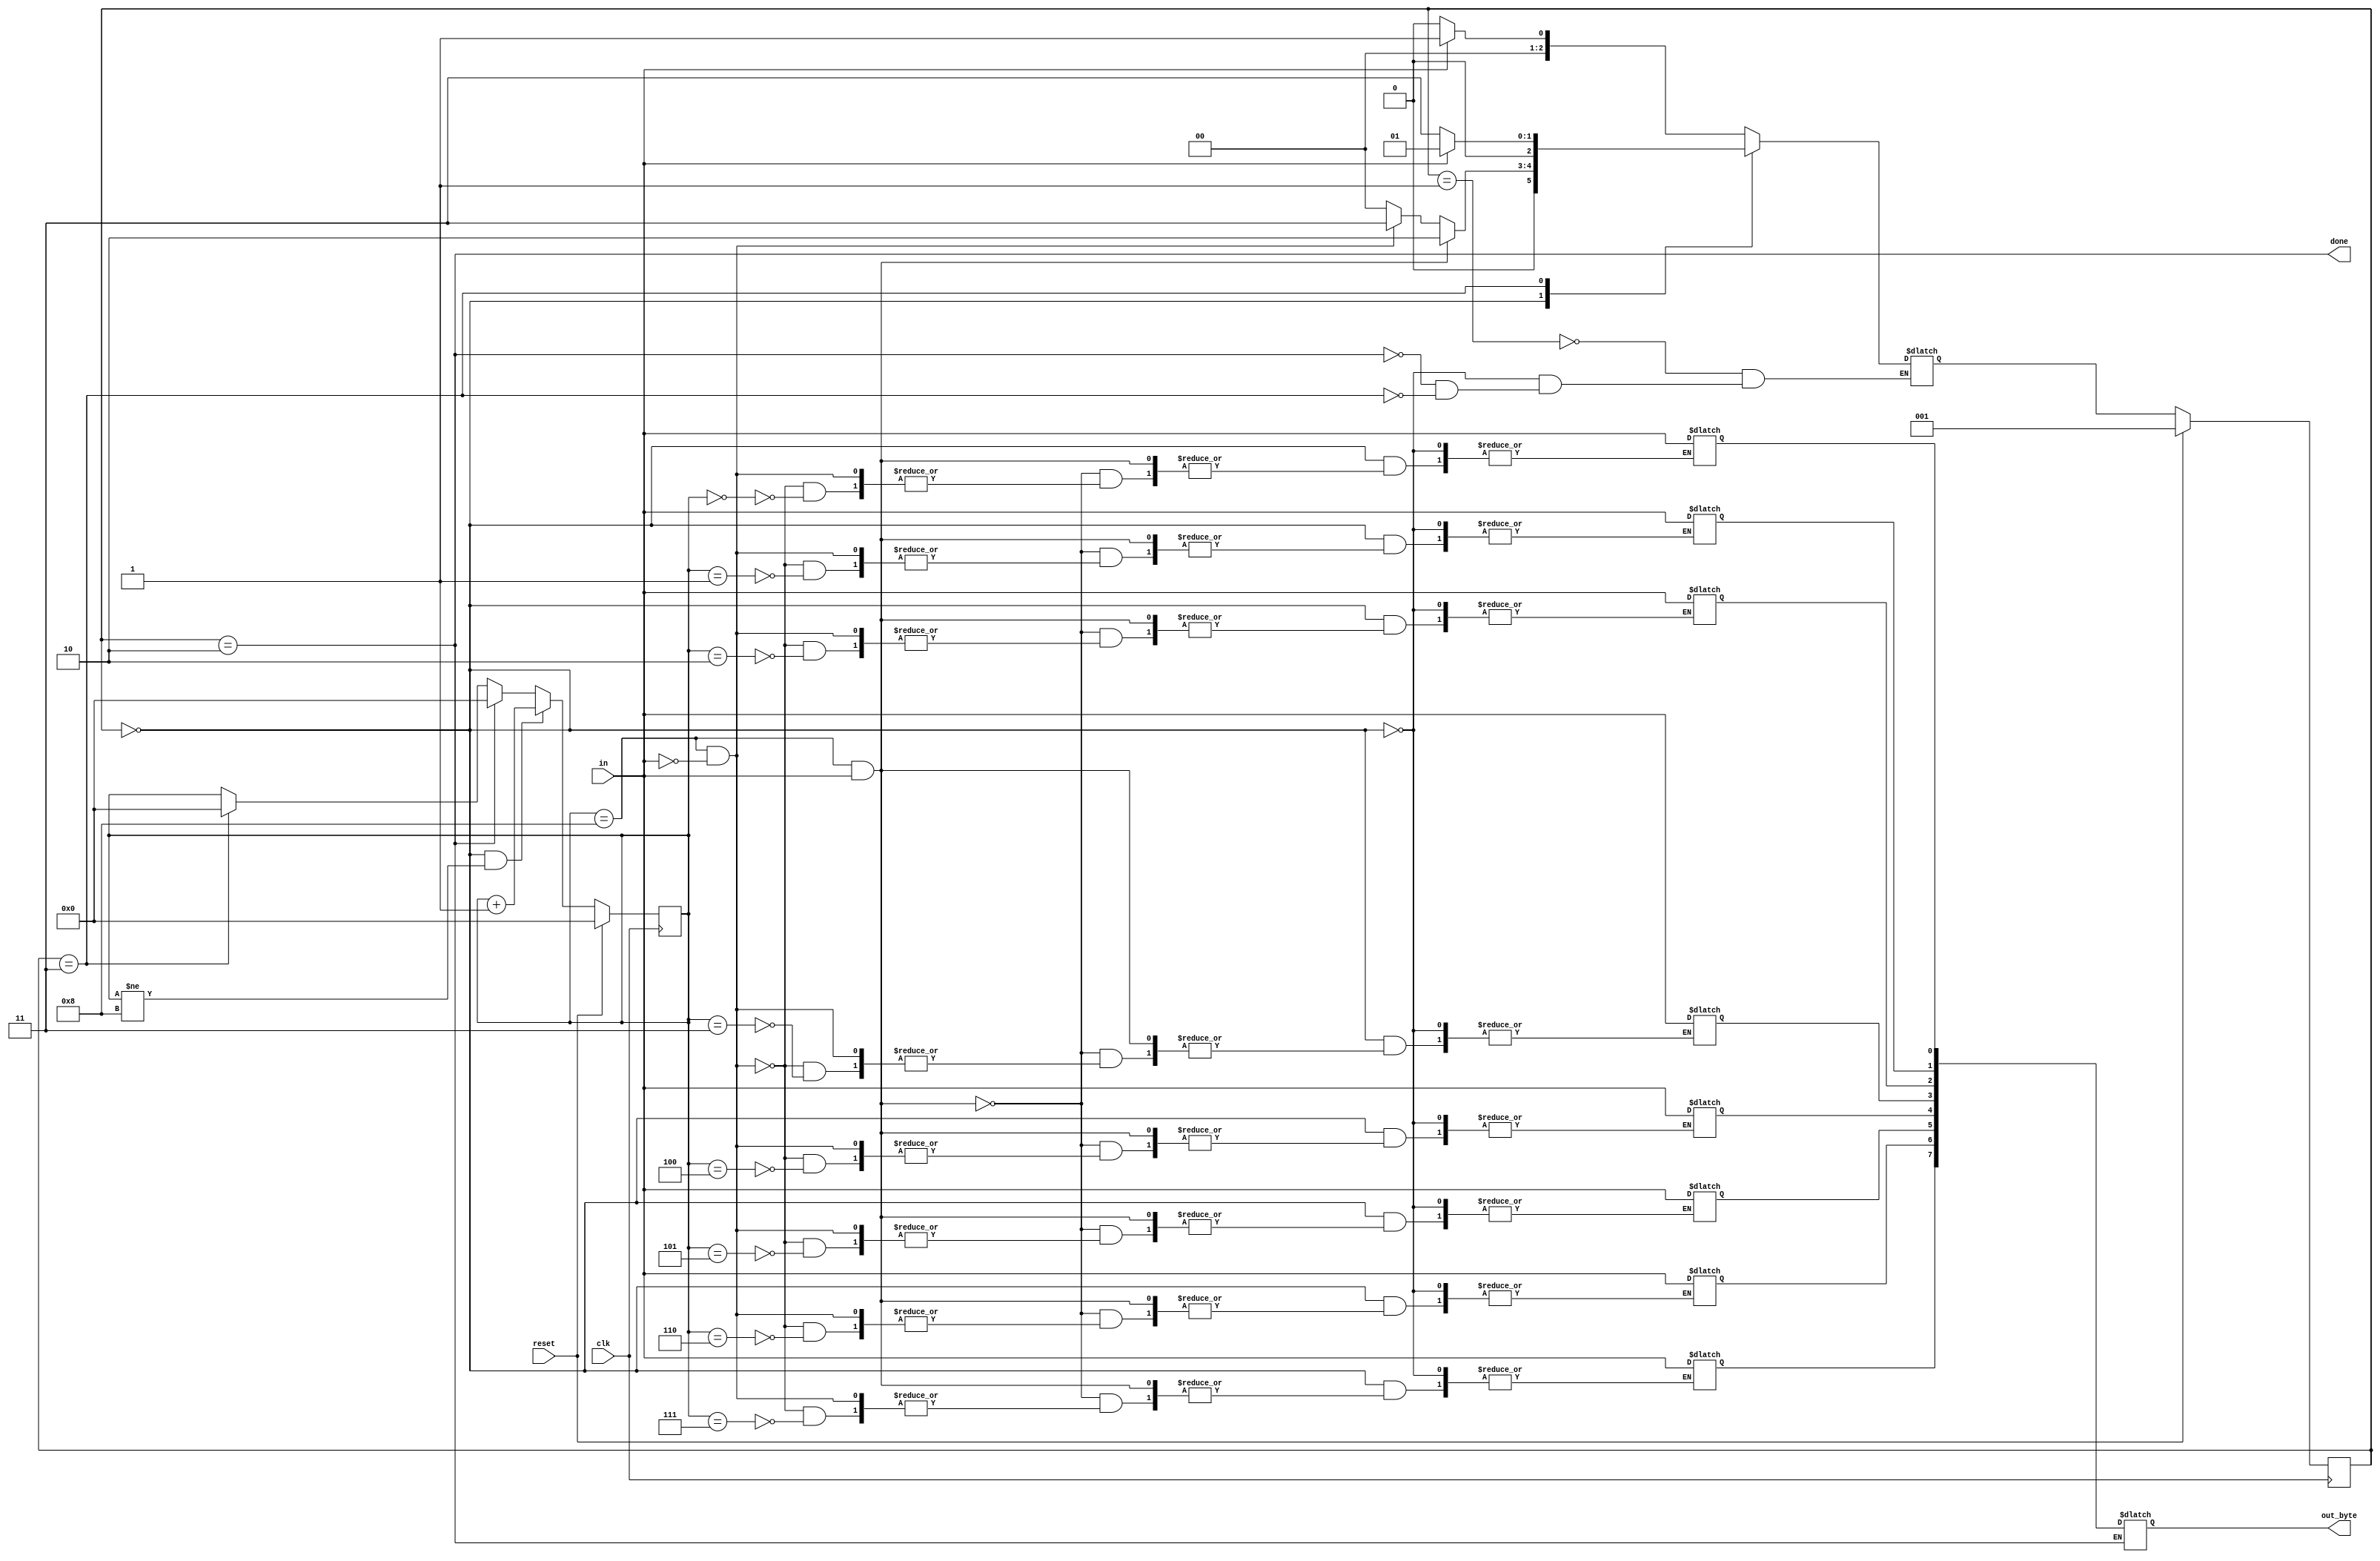
module top_module(
    input clk,
    input in,
    input reset,    // Synchronous reset
    output [7:0] out_byte,
    output done
); //

    // Use FSM from Fsm_serial
    reg [3:0] i;
    parameter rc = 0, rd = 1, dn = 2, err = 3;
    reg [2:0] state, next_state;
    reg [7:0] date;

    always @(*) begin
        case (state)
            rd: next_state <= in ? rd : rc;
            rc: begin
                if ((i == 8) & in) begin
                    next_state <= dn;
                end
                else if ((i == 8) & (~in)) begin
                    next_state <= err;
                end
                else begin
                    next_state <= rc;
                    date[i] <= in;
                end
            end
            dn: begin
                next_state <= in ? rd : rc;
                out_byte <= date;
            end
            err: next_state <= in ? rd : err;
        endcase
    end

    always @(posedge clk) begin
        if (reset) begin
            state <= rd;
            i <= 0;
        end
        else begin
            if ((state == rc) && (i != 8)) begin
                i <= i + 1;
            end
            else if ((state == dn)) begin
                i <= 0;
            end
            else if (state == err) begin
                i <= 0;
            end
            state <= next_state;
        end
    end

    // New: Datapath to latch input bits.
    assign done = (state == dn);

endmodule